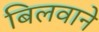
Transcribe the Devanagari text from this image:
बिलवाने